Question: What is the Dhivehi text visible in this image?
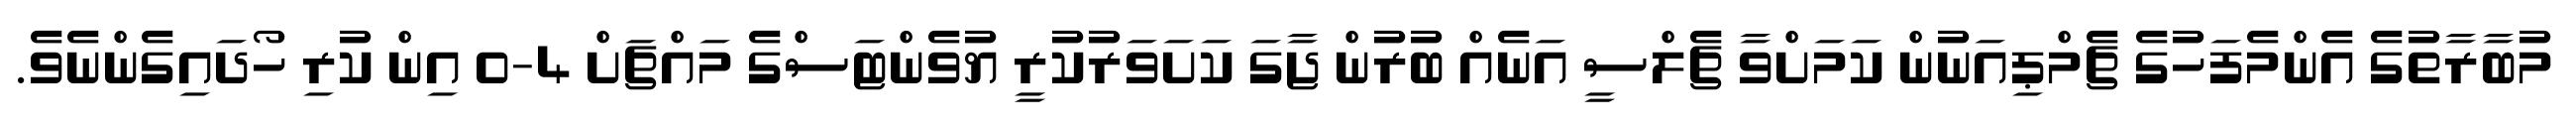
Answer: މުބާރާތުގެ އެންމެފަހުގެ ޗެމްޕިއަނުން ކަމަށްވާ ޗެލްސީ އަނެއް ބުރުން ޖާގަ ކަށަވަރުކުރީ ޔުވެންޓަސްގެ މައްޗަށް 4-0 އިން ކުރި ހޯދައިގެންނެވެ.